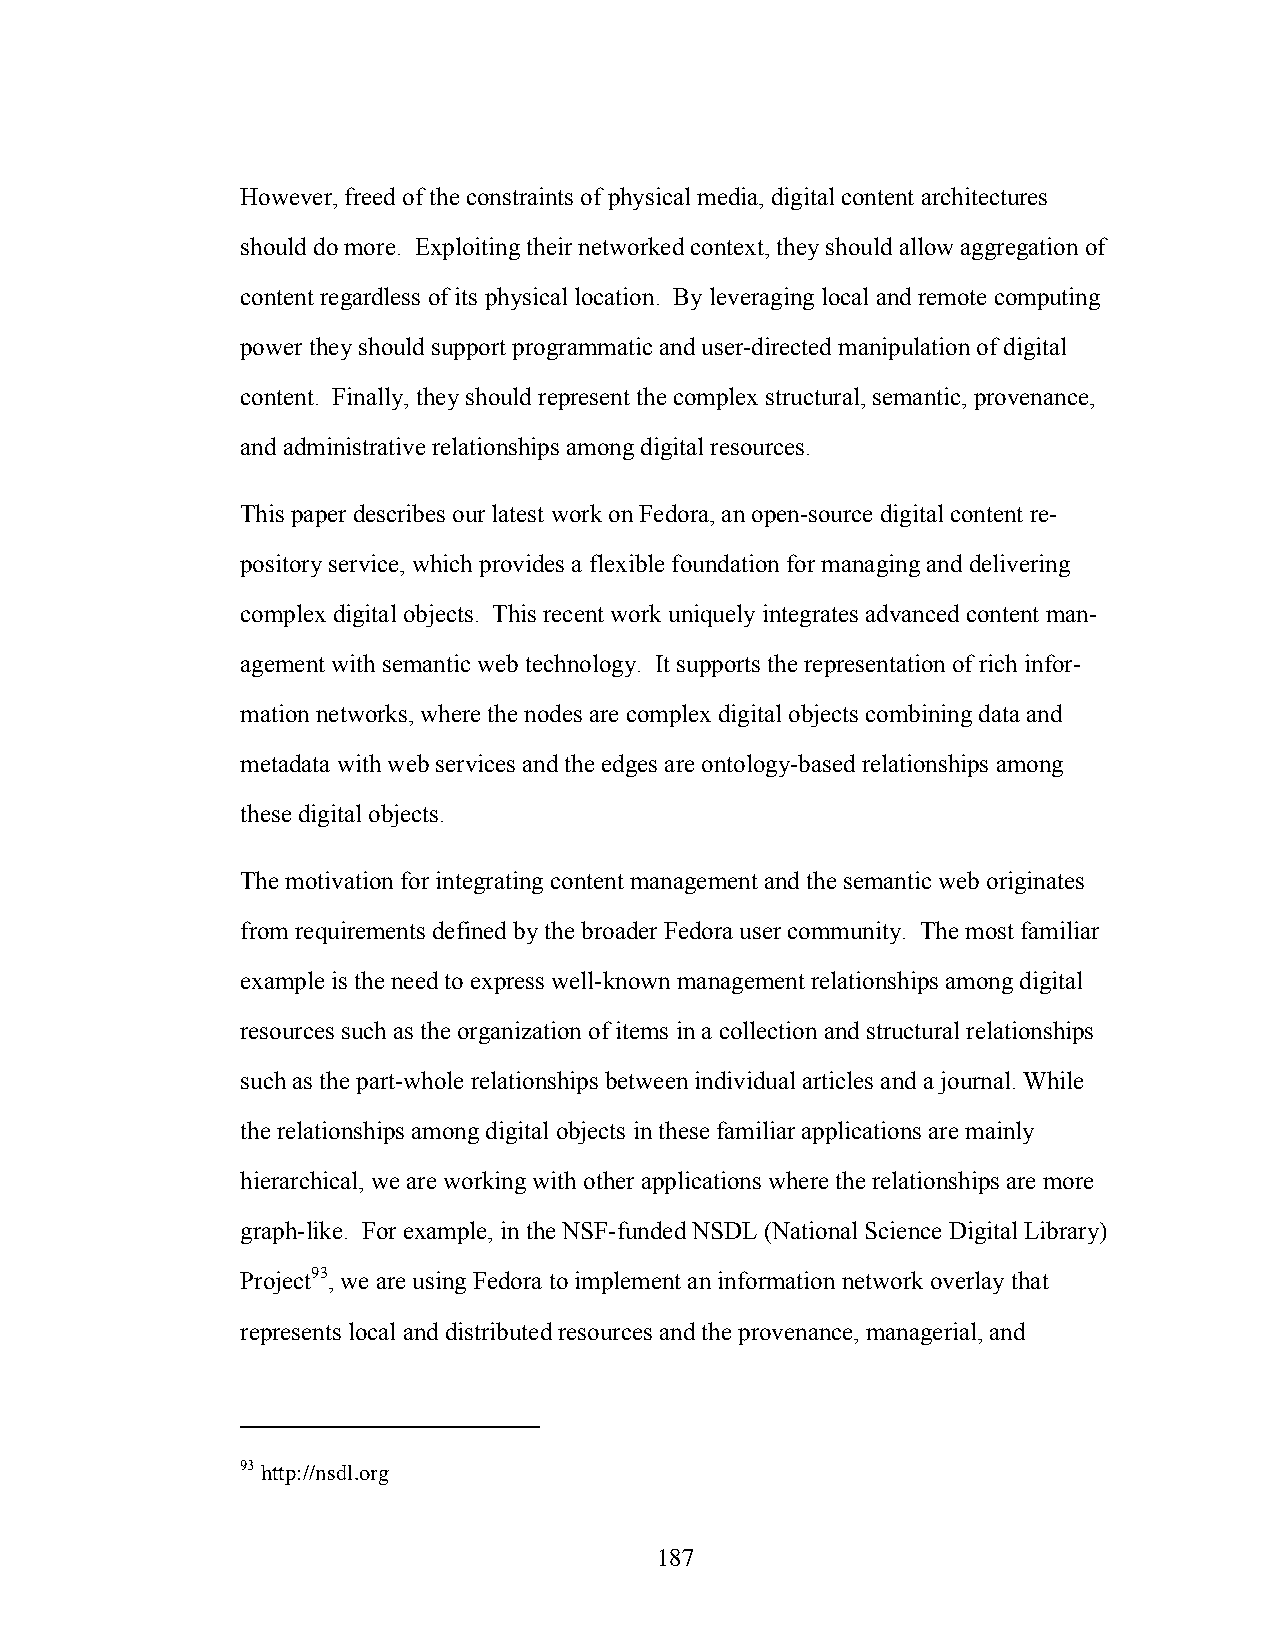
However, freed of the constraints of physical media, digital content architectures
 should do more. Exploiting their networked context, they should allow aggregation of
 content regardless of its physical location. By leveraging local and remote computing
 power they should support programmatic and user-directed manipulation of digital
 content. Finally, they should represent the complex structural, semantic, provenance,
 and administrative relationships among digital resources.
 This paper describes our latest work on Fedora, an open-source digital content re-
 pository service, which provides a flexible foundation for managing and delivering
 complex digital objects. This recent work uniquely integrates advanced content man-
 agement with semantic web technology. It supports the representation of rich infor-
 mation networks, where the nodes are complex digital objects combining data and
 metadata with web services and the edges are ontology-based relationships among
 these digital objects.
 The motivation for integrating content management and the semantic web originates
 from requirements defined by the broader Fedora user community. The most familiar
 example is the need to express well-known management relationships among digital
 resources such as the organization of items in a collection and structural relationships
 such as the part-whole relationships between individual articles and a journal. While
 the relationships among digital objects in these familiar applications are mainly
 hierarchical, we are working with other applications where the relationships are more
 graph-like. For example, in the NSF-funded NSDL (National Science Digital Library)
 Project93, we are using Fedora to implement an information network overlay that
 represents local and distributed resources and the provenance, managerial, and
 93 http://nsdl.org
 187